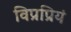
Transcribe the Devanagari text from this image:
विप्रप्रियं